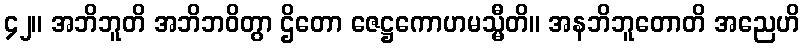
၄၂။ အဘိဘူတိ အဘိဘဝိတွာ ဌိတော ဇေဋ္ဌကောဟမသ္မီတိ။ အနဘိဘူတောတိ အညေဟိ